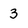
Character: 3